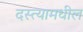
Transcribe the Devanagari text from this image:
दस्त्यामधील